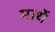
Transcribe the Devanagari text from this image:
मार्थे